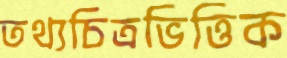
তথ্যচিত্রভিত্তিক